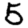
Digit: 5